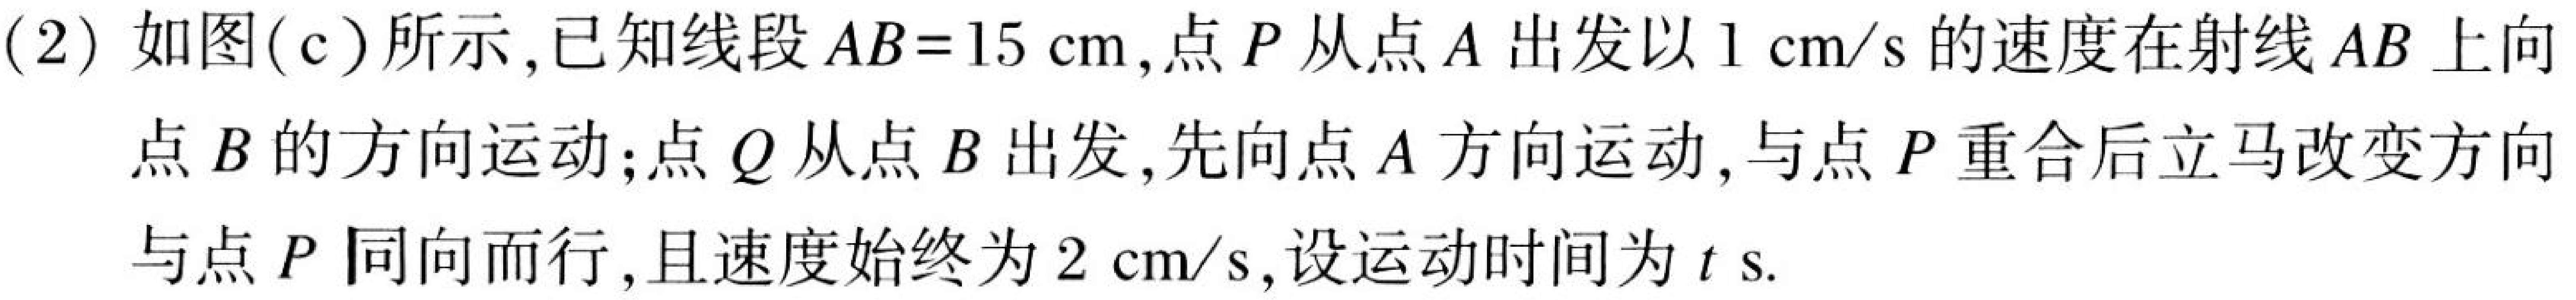
(2) 如图(c)所示,已知线段 \(AB = 15\mathrm{cm}\),点 \(P\)从点 \(A\)出发以 \(1\mathrm{cm/s}\)的速度在射线 \(AB\)上向点 \(B\)的方向运动;点 \(Q\)从点 \(B\)出发,先向点 \(A\)方向运动,与点 \(P\)重合后立马改变方向与点 \(P\)同向而行,且速度始终为 \(2\mathrm{cm/s}\),设运动时间为 \(t\mathrm{ s}\).